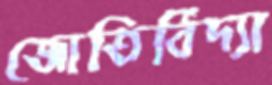
জোতির্বিদ্যা